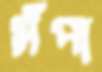
সঁপা